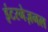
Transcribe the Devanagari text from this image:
इंटरनेज़नल